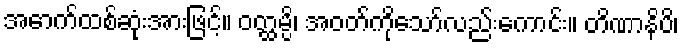
အောက်ထစ်ဆုံးအားဖြင့်။ ဝတ္ထမ္ပိ၊ အဝတ်ကိုသော်လည်းကောင်း။ တိဏာနိပိ၊